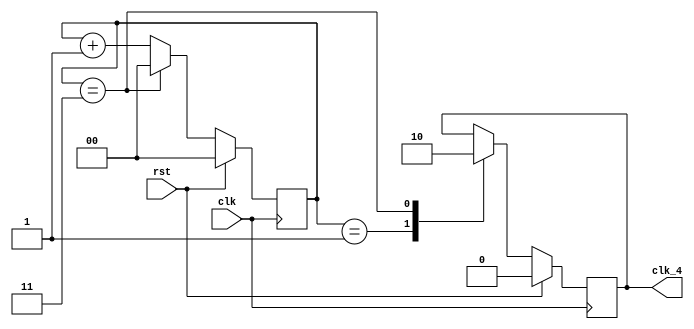

// -----------------------------------------------------------------------------
// Copyright (c) 2014-2023 All rights reserved
// -----------------------------------------------------------------------------
// Create : 2023-08-09 14:40:37
// Revise : 2023-08-09 15:35:49
// Editor : sublime text4, tab size (4)
// -----------------------------------------------------------------------------

module clk_div_4 (
	input	wire		clk,
	input 	wire		rst,
	output 	reg			clk_4
	);


reg 	[1:0]	cnt;


//always
//0~3
always @(posedge clk)
begin
	if (rst == 1'b1)
		cnt <= 'd0;
	else 
	begin
		if (cnt == 2'd3)
			cnt <= 'd0;
		else 
			cnt <= cnt + 1'b1;
	end
end

//always

always @ (posedge clk)
begin
	if (rst == 1)
		clk_4 <= 0;
	else 
	begin
		case (cnt)
		1:	clk_4 <= 1;
		3:	clk_4 <= 0;
		default: clk_4 <= clk_4;
		endcase
	end
end

endmodule